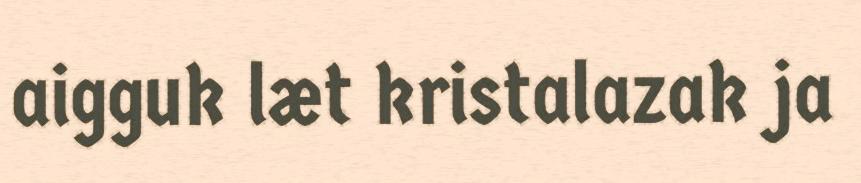
aigguk læt kristalazak ja